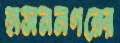
হাসননগরের